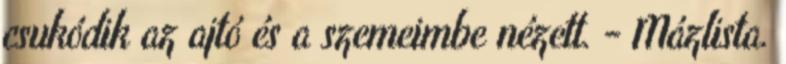
csukódik az ajtó és a szemeimbe nézett. - Mázlista.